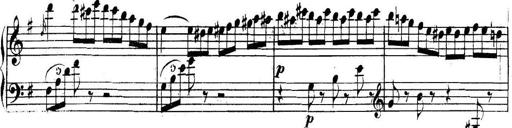
Title: Collected Piano Sonatas
Composer: Muzio Clementi